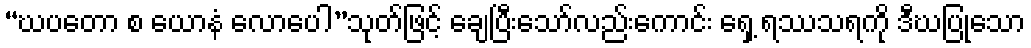
“ဃပတော စ ယောနံ လောပေါ”သုတ်ဖြင့် ချေပြီးသော်လည်းကောင်း ရှေ့ ရဿသရကို ဒီဃပြုသော